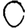
Digit: 0